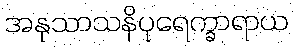
အနုသာသနိပုရေက္ခာရာယ